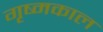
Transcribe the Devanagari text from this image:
गृष्मकाल